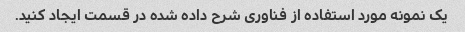
یک نمونه مورد استفاده از فناوری شرح داده شده در قسمت ایجاد کنید.